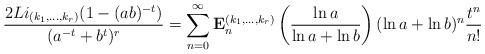
LaTeX: \begin{align*}\frac{2Li_{(k_1,...,k_r)}(1-(ab)^{-t})}{(a^{-t}+b^t)^r}=\sum\limits_{n=0}^{\infty}\mathbf{E}_{n}^{{(k_1,...,k_r)}}\left(\frac{\ln a}{\ln a +\ln b}\right)(\ln a +\ln b)^n{t^{n}\over n!} \end{align*}